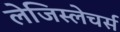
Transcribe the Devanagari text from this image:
लेजिस्लेचर्स